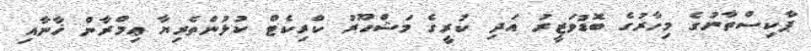
ޕާކިސްތާނުގެ މިހާރުގެ ބޮޑުވަޒީރު އަދި ކުރީގެ މަޝްހޫރު ކްރިކެޓް ކުޅުންތެރިޔާ ޢިމްރާން ޚާނާއި